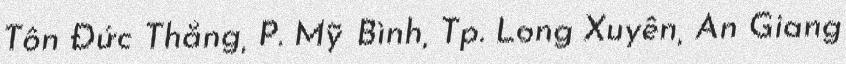
Tôn Đức Thắng, P. Mỹ Bình, Tp. Long Xuyên, An Giang